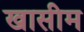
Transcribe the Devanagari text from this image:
खासीम